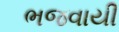
ભજવાયી